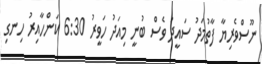
ނޫސްވެރިޔާ ފާތުމަދު ސައީދު ވެސް ބުނީ މިއަދު ހަވީރު 6:30 ކަންހާއިރު ހިނގި